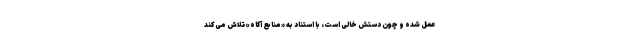
عمل شده و چون دستش خالی است، با استناد به «منابع آگاه» تلاش می‌کند